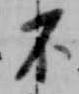
不